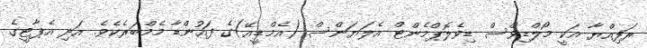
ރަފިއްޔާ އަކީ މޯލްޑިވްސް ޑިވެލޮޕްމެންޓް އެލަޔަންސް (އެމްޑީއޭ)ގެ ފައުންޑާ މެމްބަރެކެވެ. އަދި އެޕާޓީގެ